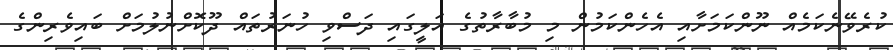
ކުރެވޭނެކަމެއް ނޫންކަމަށާއި އެހެންކަމުން މި މުބާރާތުގެ އަލީގައި ދަސްވި ހުނަރުތައް ދޫކޮށްނުލުމަށް ބައިވެރިންގެ